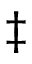
\ddagger